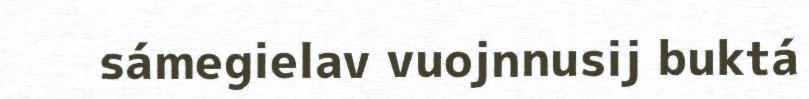
sámegielav vuojnnusij buktá